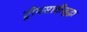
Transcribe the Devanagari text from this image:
ट्रीपसाठीसुद्धा